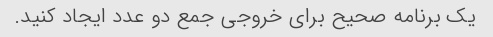
یک برنامه صحیح برای خروجی جمع دو عدد ایجاد کنید.